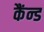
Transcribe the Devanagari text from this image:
कैंन्ड